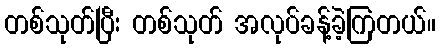
တစ်သုတ်ပြီး တစ်သုတ် အလုပ်ခန့်ခဲ့ကြတယ်။